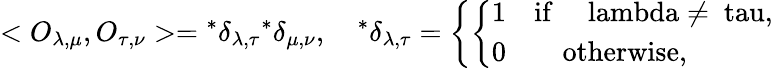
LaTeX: <O_{\lambda,\mu},O_{\tau,\nu}>={}^{*}\delta_{\lambda,\tau}{}^{*}\delta_{\mu,\nu},\quad{}^{*}\delta_{\lambda,\tau}=\left\{ \left\{ \begin{array}{ll}{{1\quad\mathrm{if\quad{\ lambda\neq\ tau},}}}\\ {{0\qquad\mathrm{otherwise,}}}\end{array}\right.\right.